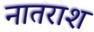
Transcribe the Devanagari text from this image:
नातराश